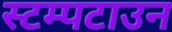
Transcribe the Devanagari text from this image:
स्टम्पटाउन